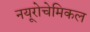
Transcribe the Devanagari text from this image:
नयूरोचेमिकल